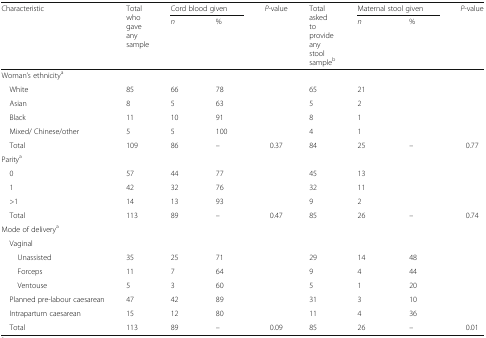
| <ROWSPAN=2> Characteristic | <ROWSPAN=2> Total who gave any sample | <COLSPAN=2> Cord blood given | P-value | <ROWSPAN=2> Total asked to provide any stool sampleb | <COLSPAN=2> Maternal stool given | P-value |
 | n | % |  | n | % |  |
 | --- | --- | --- | --- | --- | --- | --- | --- | --- |
 | <COLSPAN=9> Woman’s ethnicitya |
 | White | 85 | 66 | 78 |  | 65 | 21 |  |  |
 | Asian | 8 | 5 | 63 |  | 5 | 2 |  |  |
 | Black | 11 | 10 | 91 |  | 8 | 1 |  |  |
 | Mixed/ Chinese/other | 5 | 5 | 100 |  | 4 | 1 |  |  |
 | Total | 109 | 86 | – | 0.37 | 84 | 25 | – | 0.77 |
 | <COLSPAN=9> Paritya |
 | 0 | 57 | 44 | 77 |  | 45 | 13 |  |  |
 | 1 | 42 | 32 | 76 |  | 32 | 11 |  |  |
 | >1 | 14 | 13 | 93 |  | 9 | 2 |  |  |
 | Total | 113 | 89 | – | 0.47 | 85 | 26 | – | 0.74 |
 | <COLSPAN=9> Mode of deliverya |
 | <COLSPAN=9> Vaginal |
 | Unassisted | 35 | 25 | 71 |  | 29 | 14 | 48 |  |
 | Forceps | 11 | 7 | 64 |  | 9 | 4 | 44 |  |
 | Ventouse | 5 | 3 | 60 |  | 5 | 1 | 20 |  |
 | Planned pre-labour caesarean | 47 | 42 | 89 |  | 31 | 3 | 10 |  |
 | Intrapartum caesarean | 15 | 12 | 80 |  | 11 | 4 | 36 |  |
 | Total | 113 | 89 | – | 0.09 | 85 | 26 | – | 0.01 |